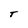
Character: T